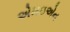
એમઇએન